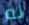
له